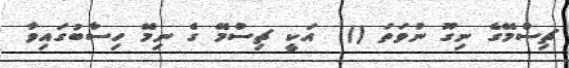
ޗިސްމޭގެ ނިގޫ ނުވަތަ ()  އަކީ ޗިސްމޭ ގެ ނިމޭ ހިސާބުގައިވާ